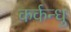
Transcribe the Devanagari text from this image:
कर्कन्धु